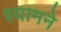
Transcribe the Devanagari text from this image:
श्यामने